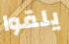
يلقوا